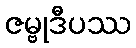
ဇမ္ဗုဒီပဿ